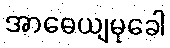
အာဓေယျမုခေါ